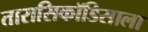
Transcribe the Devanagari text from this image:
तारासिकॉडिसाला